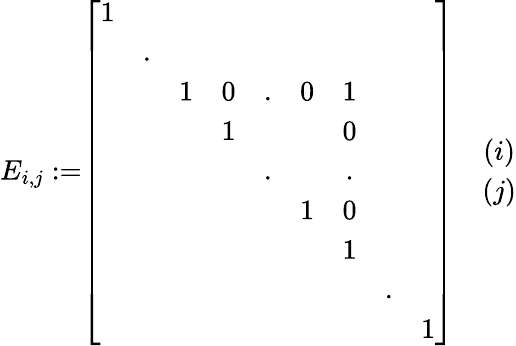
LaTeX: E_{i,j}:=\begin{array}{cc}{\left[\begin{array}{ccccccccc}{1}&&&&&&&&\\ &{.}&&&&&&&\\ &&{1}&{0}&{.}&{0}&{1}&&\\ &&&{1}&&&{0}&&\\ &&&&{.}&&{.}&&\\ &&&&&{1}&{0}&&\\ &&&&&&{1}&&\\ &&&&&&&{.}&\\ &&&&&&&&{1}\end{array}\right]}&{\begin{array}{c}{(i)}\\ {(j)}\end{array}}\end{array}